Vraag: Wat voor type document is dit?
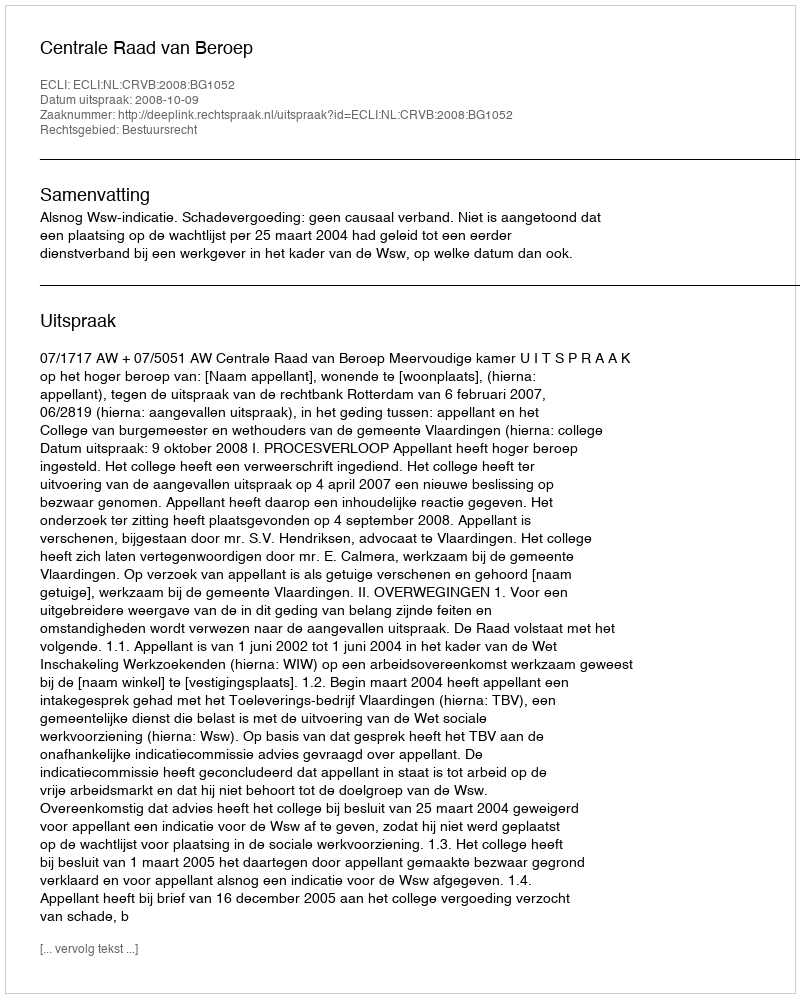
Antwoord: Uitspraak